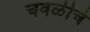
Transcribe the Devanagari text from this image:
चवळीचे